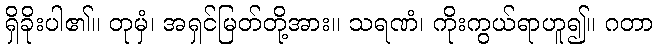
ရှိခိုးပါ၏။ တုမှံ၊ အရှင်မြတ်တို့အား။ သရဏံ၊ ကိုးကွယ်ရာဟူ၍။ ဂတာ